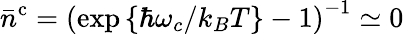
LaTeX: \bar{n}^{\mathrm{c}}=\left(\exp\left\{ \hbar\omega_{c}/k_{B}T\right\} -1\right)^{-1}\simeq 0